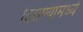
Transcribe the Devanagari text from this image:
दिसण्यामध्ये